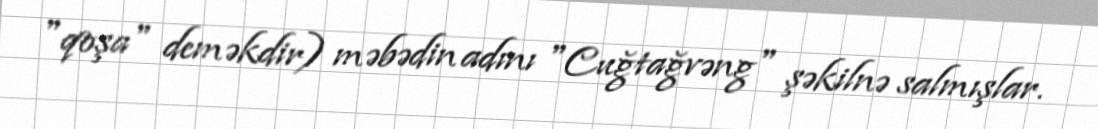
"qoşa" deməkdir) məbədin adını "Cuğtağvəng" şəkilnə salmışlar.